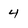
Character: 4